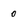
Character: 0